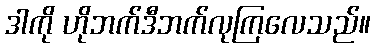
ဒါကို ဟိုဘက်ဒီဘက်လုကြလေသည်။